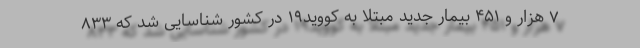
۷ هزار و ۴۵۱ بیمار جدید مبتلا به کووید۱۹ در کشور شناسایی شد که ۸۳۳